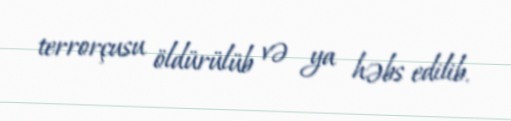
terrorçusu öldürülüb və ya həbs edilib.